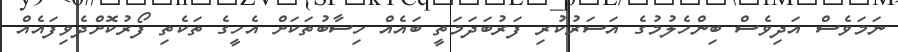
ނަމަވެސް އަދިވެސް ބިންހެލުމުގެ އަސަރުކުރި ފަރުބަދަމަތީ ބައެއް ހިސާބުތަކަށް އެހީގެ ތަކެތި ފޯރުކޮށްދެވިފައެއް